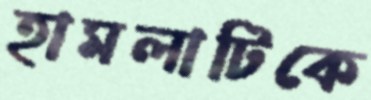
হামলাটিকে